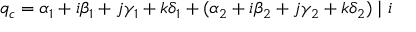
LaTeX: q _ { c } = \alpha _ { 1 } + i \beta _ { 1 } + j \gamma _ { 1 } + k \delta _ { 1 } + ( \alpha _ { 2 } + i \beta _ { 2 } + j \gamma _ { 2 } + k \delta _ { 2 } ) \mid i